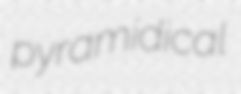
pyramidical